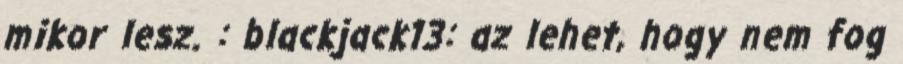
mikor lesz. : blackjack13: az lehet, hogy nem fog